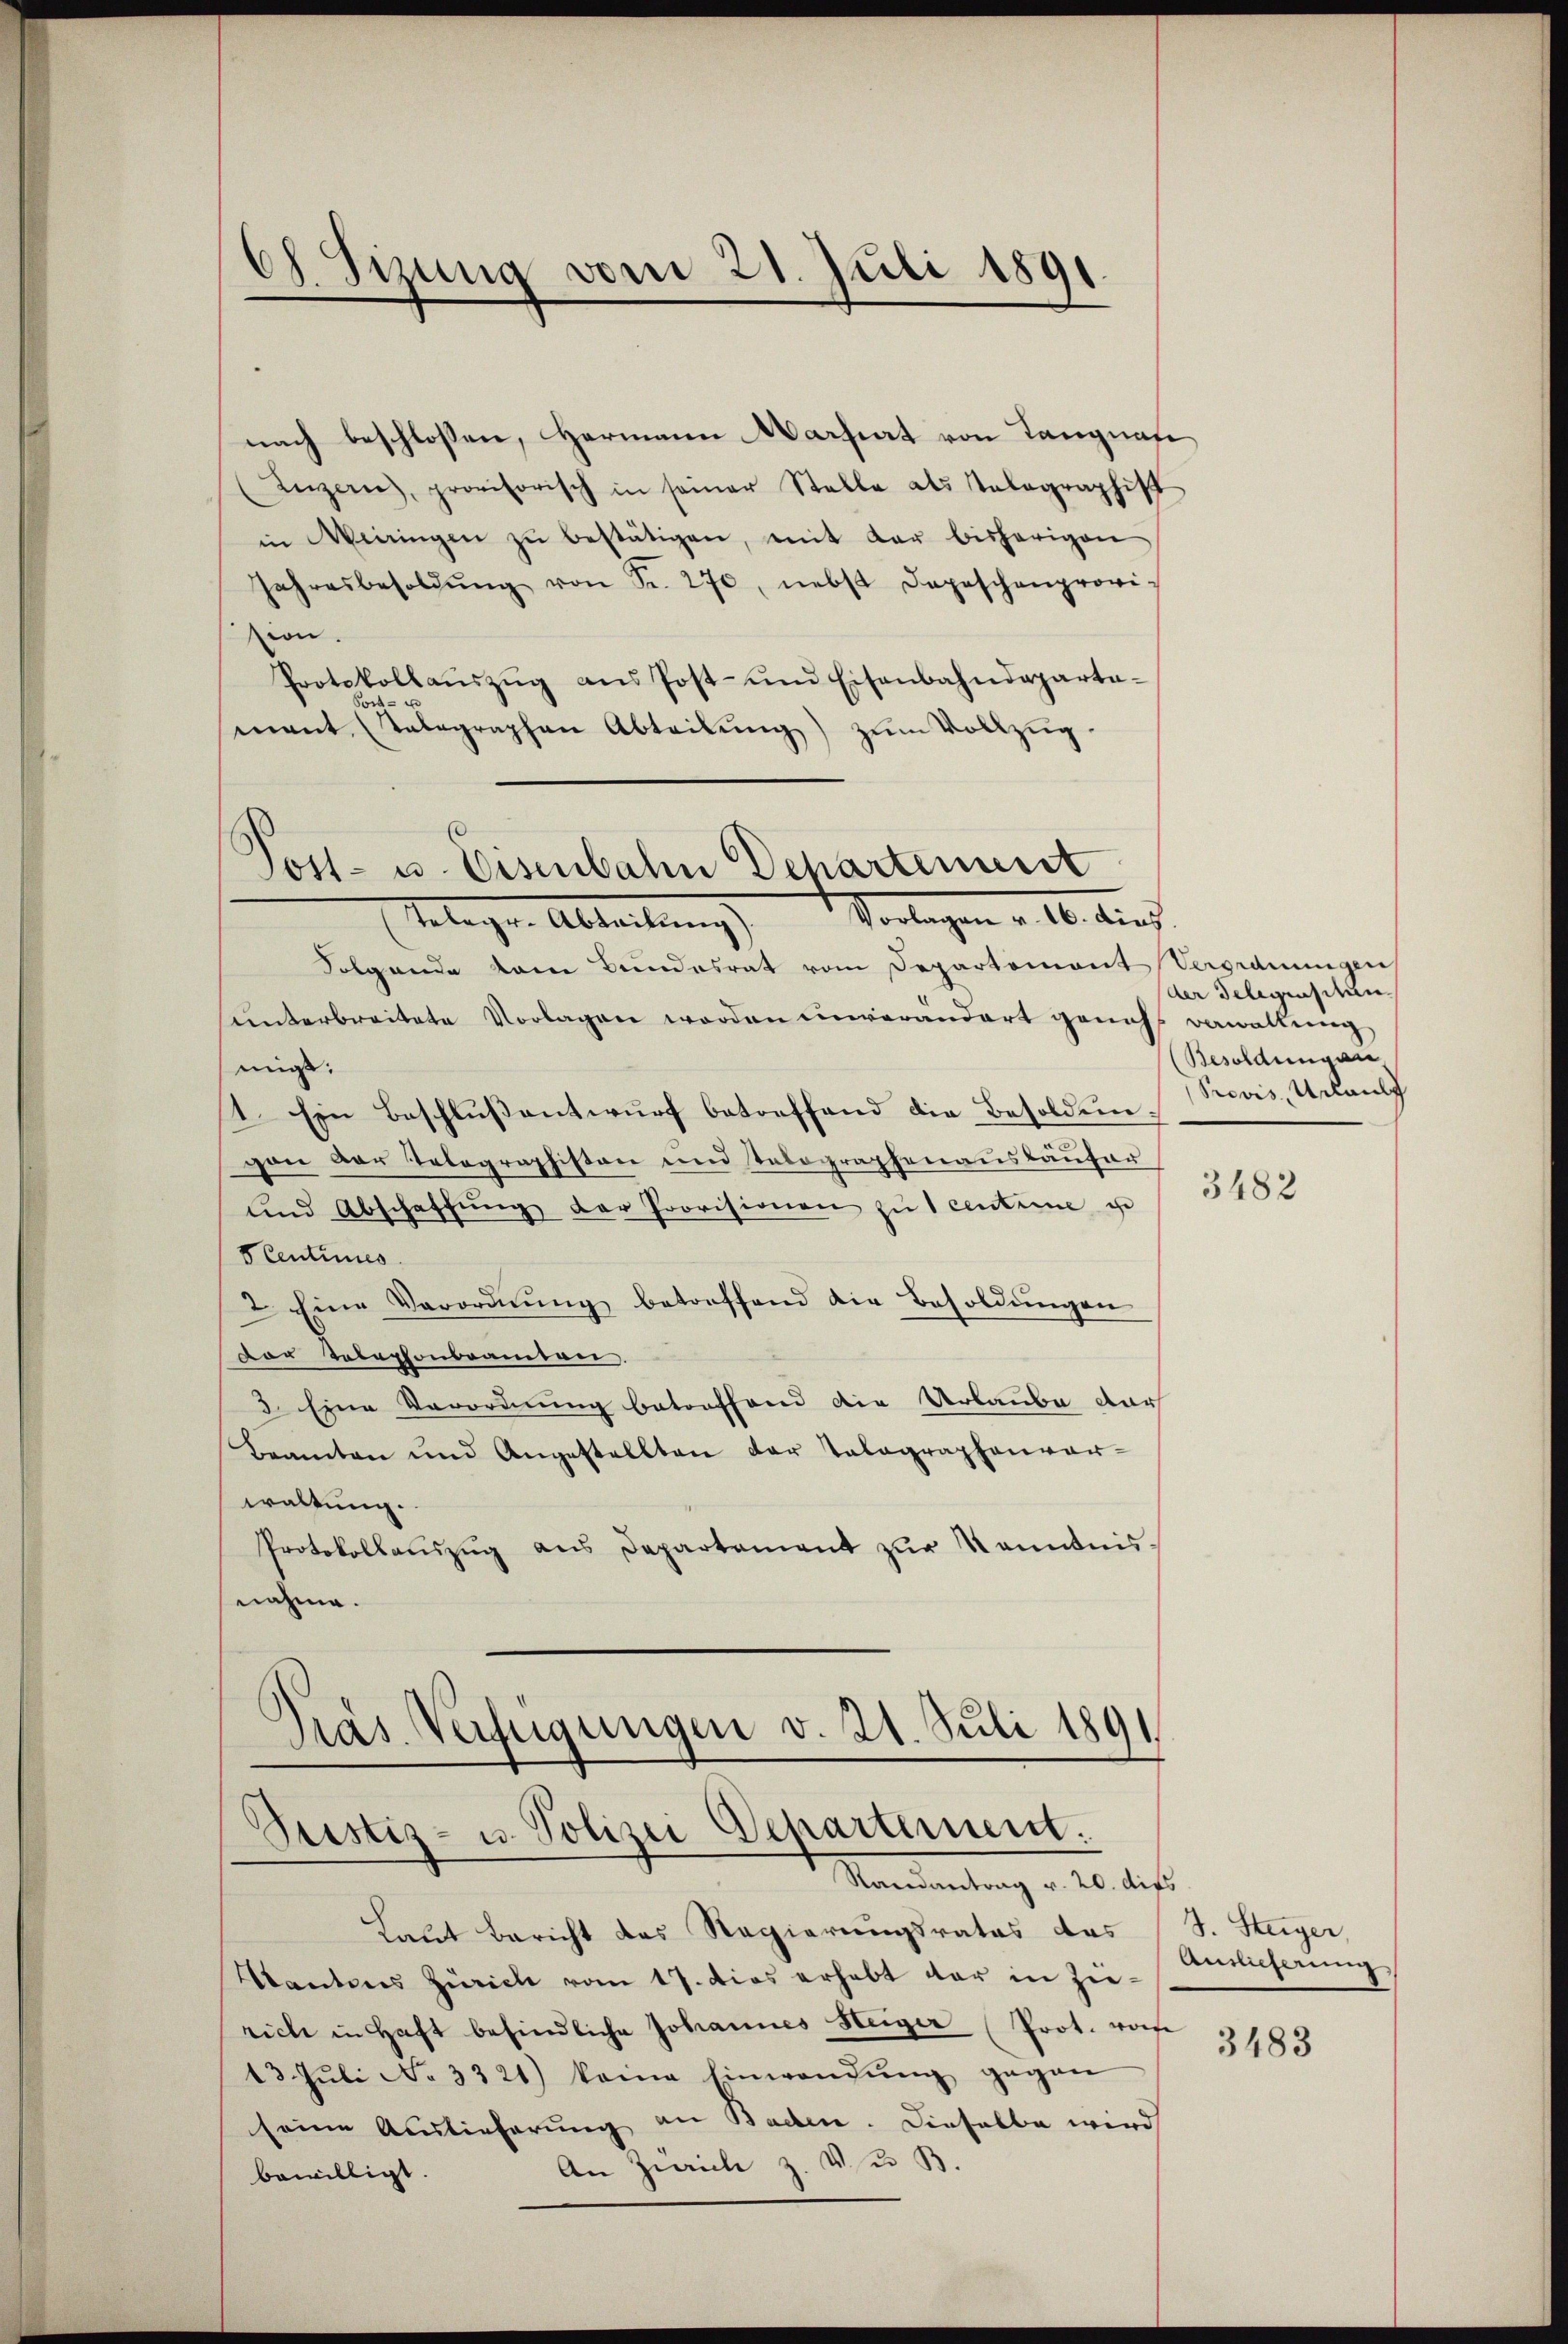
ed. Sizung vom 21. Juli 1891

Post- u. Eisenbahn Departement
Telegen Abteilung Vorlagen v. 16. durch

nach beschlossen, Hermann Mariat von Langnafe
Luzern, provisorisch in seiner Stelle als Selographist
in Weingen zŭ bestätigen, mit der bisherigen
Jahresbesoldŭng von Fr. 270, nebst dageschenprovi-
sion.
Protokollaŭszŭg ans Post- und Eisenbahndeparta-
mant, alographen Abteilŭng zŭm Vollzŭg.
.

Präs. Verfügungen v. 21. Juli 1891
Pustiz- u. Polizei Departement.
Randantrag v. 20. dies

Folgende dem Bundesrat vom Departemont Verordnungen
sunterbreitete Vorlagen worden unverändert genuss verwaltung,
mis.
1. Ein Beschlußentwurf betreffend die Besoldunvon der Telegraphiston und Tabographenauskäufer
und Abschaffŭng der Provisionen zŭ 1 centime u
SCentimes.
2. Eine Verordnŭng betreffend die Besoldŭngen
Der Telephonbeantrei
3. Eine Verordnung betreffend die Urlaube dar
Beamten und Angestellten der Talagraphenver-
waltung.
Protokollaŭszŭg ans Departement zŭr Kenntnis.
nahme.

Laut Bericht des Regierungsrates das
Kantons Zürich vom 17. dies erhebt dar in Zierich in Haft befindliche Johannes Heiger (Prot. von
13. Juli No 3321) keine Einwendung gegen
seine Auslieferung an Baden. Dieselbe wird
An Zürich z. V. u. B.
bewilligt.

der Telegensitän¬
Besoldungen,
Previs Urlaub

3482

J. Steiger,
Anslicherung

3483